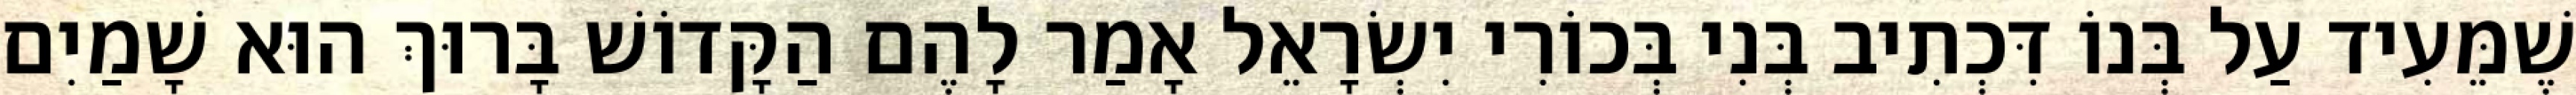
שֶׁמֵּעִיד עַל בְּנוֹ דִּכְתִיב בְּנִי בְּכוֹרִי יִשְׂרָאֵל אָמַר לָהֶם הַקָּדוֹשׁ בָּרוּךְ הוּא שָׁמַיִם